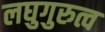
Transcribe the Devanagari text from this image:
लघुगुरुत्व